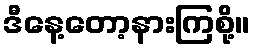
ဒီနေ့တော့နားကြစို့။